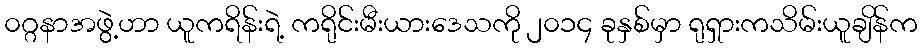
၀ဂ္ဂနာအဖွဲ့ဟာ ယူကရိန်းရဲ့ ကရိုင်းမီးယားဒေသကို ၂၀၁၄ ခုနှစ်မှာ ရုရှားကသိမ်းယူချိန်က